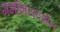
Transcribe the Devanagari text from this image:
गर्भाशयदर्शन